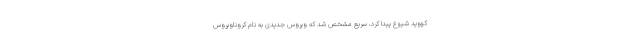
کووید شیوع پیدا کرد، سریع مشخص شد که ویروس جدیدی به نام کروناویروس